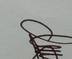
Signature authenticity: genuine